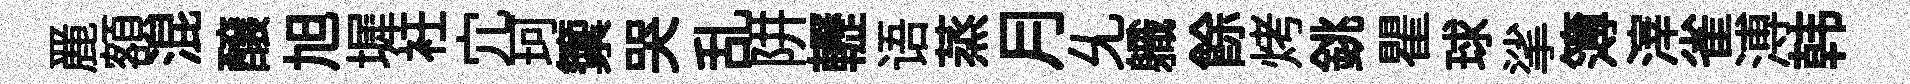
䴡額混醸旭墀衽宂珂籞哭乱阱轣语蒸月𠃔軄餘烤銚瞿球挲簿滓雀溥韩